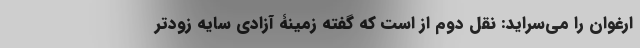
ارغوان را می‌سراید: نقل دوم از است که گفته زمینۀ آزادی سایه زودتر